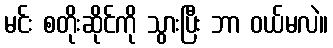
မင်း စတိုးဆိုင်ကို သွားပြီး ဘာ ဝယ်မလဲ။